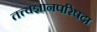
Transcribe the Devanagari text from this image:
तत्त्वज्ञानपरिषदा